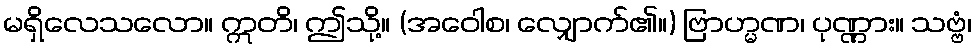
မရှိလေသလော။ ဣတိ၊ ဤသို့။ (အဝေါစ၊ လျှောက်၏။) ဗြာဟ္မဏ၊ ပုဏ္ဏား။ သဗ္ဗံ၊